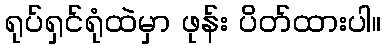
ရုပ်ရှင်ရုံထဲမှာ ဖုန်း ပိတ်ထားပါ။